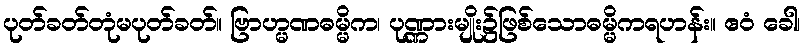
ပုတ်ခတ်တုံမပုတ်ခတ်။ ဗြာဟ္မဏဓမ္မိက၊ ပုဏ္ဏားမျိုး၌ဖြစ်သောဓမ္မိကရဟန်း။ ဧဝံ ခေါ၊